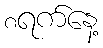
၈ရက်နေ့